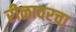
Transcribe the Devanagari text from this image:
रीळावरचा